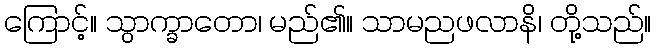
ကြောင့်။ သွာက္ခာတော၊ မည်၏။ သာမညဖလာနိ၊ တို့သည်။